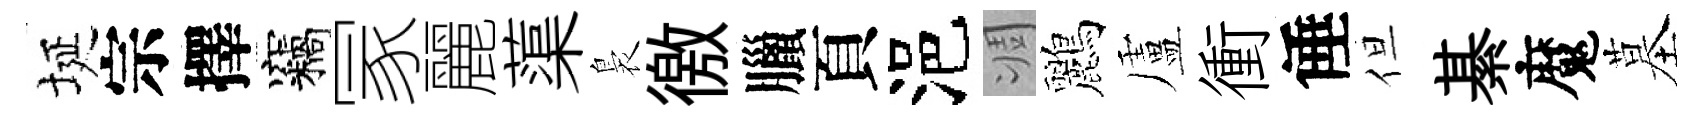
埏宗擇竊冡麗蕖裊徼臘頁浥凋鸝盧衝倕但綦魔墓